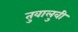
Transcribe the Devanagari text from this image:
तुवालुवी